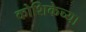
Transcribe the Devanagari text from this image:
कोशिकेच्या